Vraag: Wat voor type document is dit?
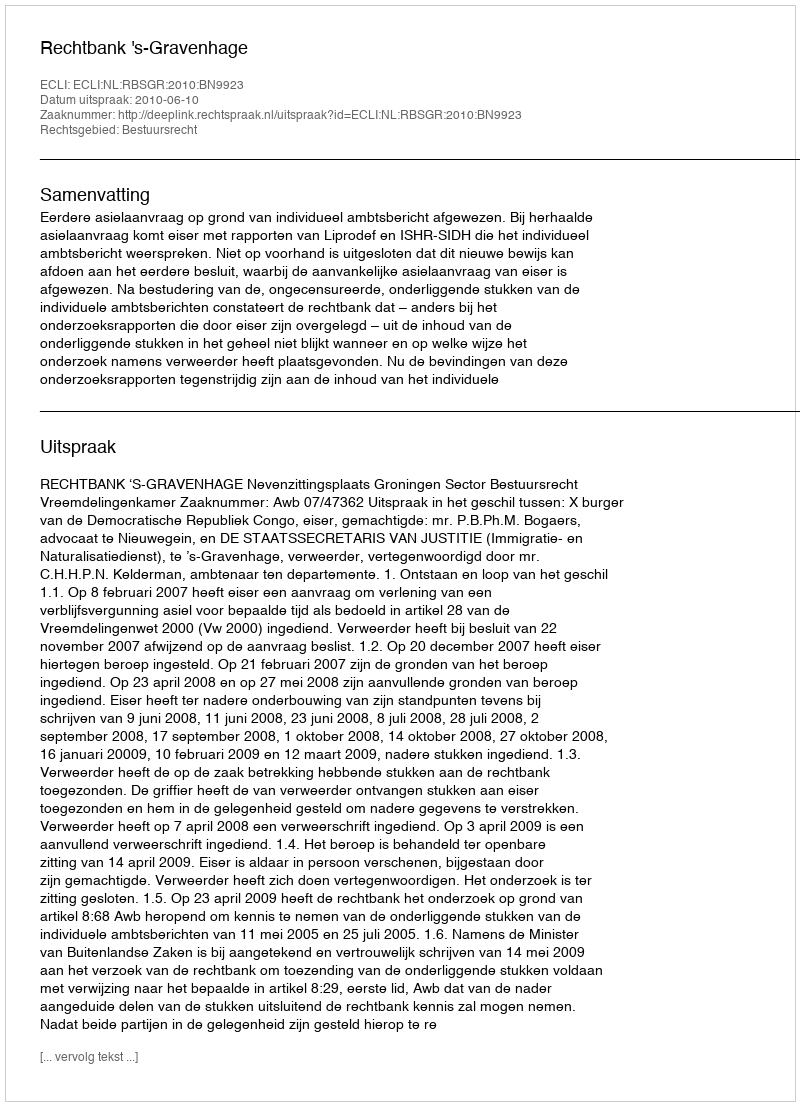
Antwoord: Uitspraak